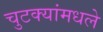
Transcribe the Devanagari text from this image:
चुटक्यांमधले